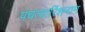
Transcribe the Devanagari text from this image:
पंचत्वारिंशनाम